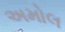
અમોલ